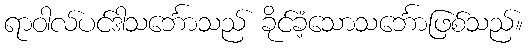
ရာဝါလ်ပင်ဒါသင်္ဘောသည် ခိုင်ခံ့သောသင်္ဘောဖြစ်သည်။